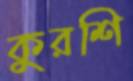
কুরশি